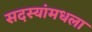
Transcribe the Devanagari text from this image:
सदस्यांमधला